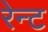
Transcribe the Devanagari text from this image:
रेन्ट